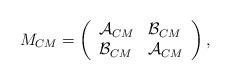
LaTeX: \begin{align*}M_{CM}=\left(\begin{array}{ll}\mathcal{A}_{CM} & \mathcal{B}_{CM} \\\mathcal{B}_{CM} & \mathcal{A}_{CM}\end{array}\right) ,\end{align*}